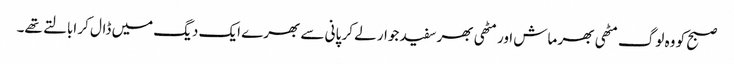
صبح کو وہ لوگ مٹھی بھر ماش اور مٹھی بھر سفید جوار لے کر پانی سے بھرے ایک دیگ میں ڈال کر ابالتے تھے۔